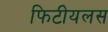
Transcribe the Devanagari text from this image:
फिटीयलस